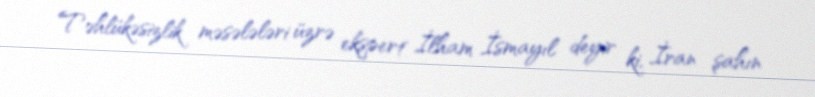
Təhlükəsizlik məsələləri üzrə ekspert İlham İsmayıl deyir ki, İran şahın